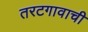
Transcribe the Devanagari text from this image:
तरटगावाची